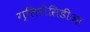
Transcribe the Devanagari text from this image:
ग्लिरीसिडीआ